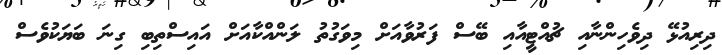
ދިރިއުޅޭ ދިވެހިންނާއި ޗުއްޓީއާއި ބޭސް ފަރުވާއަށް މިވަގުތު ލަންއްކާއަށް އައިސްތިބި ގިނަ ބަޔަކުވެސް